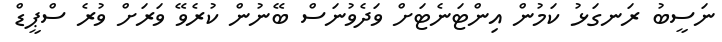
ނަސީބު ރަނގަޅު ކަމުން އިންޓަނެޓަށް ވަދެވުނަސް ބޭނުން ކުރެވޭ ވަރަށް ވުރެ ސްޕީޑް